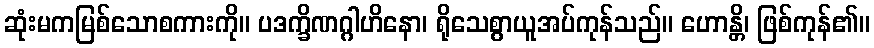
ဆုံးမကမြစ်သောစကားကို။ ပဒက္ခိဏဂ္ဂါဟိနော၊ ရိုသေစွာယူအပ်ကုန်သည်။ ဟောန္တိ၊ ဖြစ်ကုန်၏။